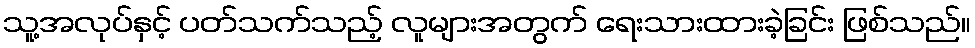
သူ့အလုပ်နှင့် ပတ်သက်သည့် လူများအတွက် ရေးသားထားခဲ့ခြင်း ဖြစ်သည်။